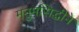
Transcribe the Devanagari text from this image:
मनुमसिद्धीने